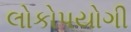
લોકોપયોગી